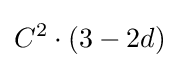
C^{2}\cdot (3-2d)